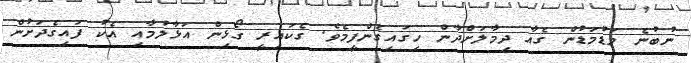
ނުބުނެ މަޑުމަޑުން ގެއާ ދިމާލަށްދާން ހިގައިގެންފީމެވެ. ގެކައިރީ ގޯޅިން އަޅާލުމާއި އެކު ފައިގެދަށުން